Vaccine operations Central Provinces 1900-1911 - 1900-1911
Year: 1900
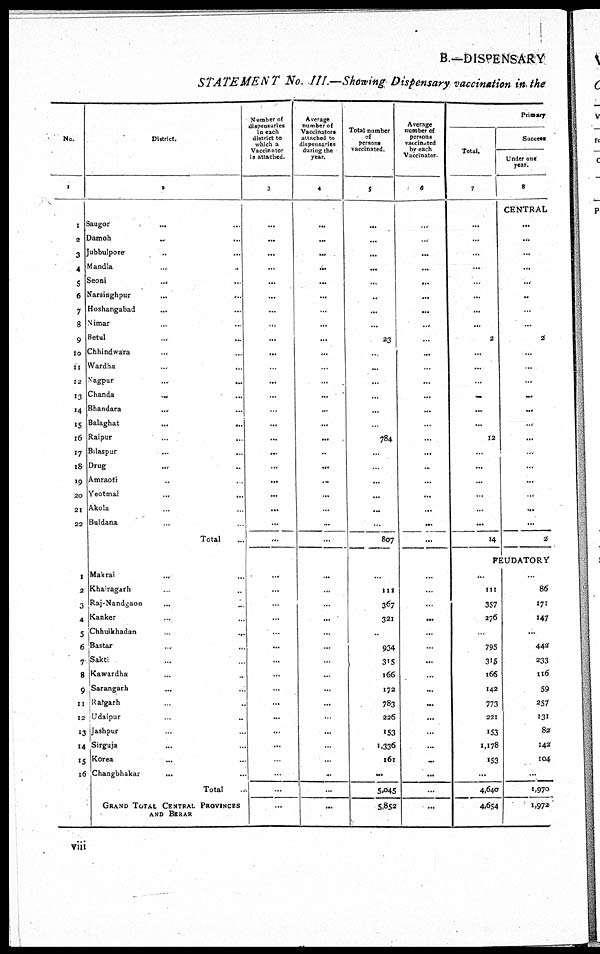
B.—DISPENSARY
STATEMENT No. III.—Showing Dispensary vaccination in the
No.
1
1
2
3
4
5
6
7
8
9
10
11
12
13
14
15
16
17
18
19
20
21
22
1
2
3
4
5
6
7
8
9
11
12
13
14
15
16
District.
2
Saugor ... ...
Damoh ... ...
Jubbulpore
...
...
Mandla
... ...
Seoni
...
...
Narsinghpur
...
...
Hoshangabad ... ...
Nimar ... ...
Betul ... ...
Chhindwara ... ...
Wardha ... ...
Nagpur
...
...
Chanda
...
...
Bhandara
...
...
Balaghat ... ...
Raipur ... ...
Bilaspur
...
...
Drug ... ...
Amraoti ... ...
Yeotmal ... ...
Ako1a ... ...
Buldana ... ...
Total ...
Makrai ... ...
Khairagarh ... ...
Raj-Nandgaon ... ...
Kanker ... ...
Chhuikhadan ... ...
Bastar ... ...
Sakti ... ...
Kawardha ... ...
Sarangarh ... ...
Ratgarh ... ...
Udaipur ... ...
Jashpur ... ...
Sirguja ... ...
Korea ... ...
Changbhakar
... ...
Total ...
GRAND TOTAL CENTRAL PROVINCES
AND BERAR
Number of
dispensaries
in each
district to
which a
Vaccinator
is attached.
3
...
...
...
...
...
...
...
...
...
...
...
...
...
...
...
...
...
...
...
...
...
...
...
...
...
...
...
...
...
...
...
...
...
...
...
...
...
...
...
...
Average
number of
Vaccinators
attached to
dispensaries
during the
year.
4
...
...
...
...
...
...
...
...
...
...
...
...
...
...
...
...
...
...
...
...
...
...
...
...
...
...
...
...
...
...
...
...
...
...
...
...
...
...
...
...
Total number
of
persons
vaccinated.
5
...
...
...
...
...
...
...
...
23
...
...
...
...
...
...
784
...
...
...
...
...
...
807
...
111
367
321
...
934
315
166
172
783
226
153
1,336
161
...
5,045
5,852
Average
number of
persons
vaccinated
by each
Vaccinator.
6
...
...
...
...
...
...
...
...
...
...
...
...
...
...
...
...
...
...
...
...
...
...
...
...
...
...
...
...
...
...
...
...
...
...
...
...
...
...
...
...
Primary
total.
7
...
...
...
...
...
...
...
...
2
...
...
...
...
...
...
12
...
...
...
...
...
...
14
Success
Under one
year.
8
CENTRAL
...
...
...
...
...
...
...
...
2
...
...
...
...
...
...
...
...
...
...
...
...
...
2
FEUDATORY
...
111
357
276
...
795
315
166
142
773
221
153
1,178
153
...
4,640
4,654
...
86
171
147
...
442
233
116
59
257
131
82
142
104
...
1,970
1,972
viii